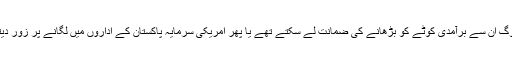
ہم لوگ ان سے برآمدی کوٹے کو بڑھانے کی ضمانت لے سکتے تھے یا پھر امریکی سرمایہ پاکستان کے اداروں میں لگانے پر زور دیتے۔